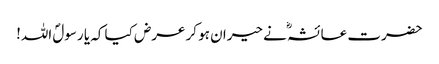
حضرت عائشہؓ نے حیران ہو کر عرض کیا کہ یا رسولؐ اللہ!